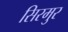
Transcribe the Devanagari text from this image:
सिरमुर